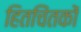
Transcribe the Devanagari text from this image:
हितचिंतकों